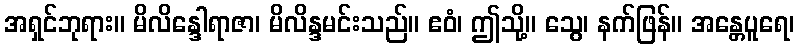
အရှင်ဘုရား။ မိလိန္ဒေါရာဇာ၊ မိလိန္ဒမင်းသည်။ ဧဝံ၊ ဤသို့။ သွေ၊ နက်ဖြန်။ အန္တေပူရေ၊